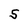
Character: S